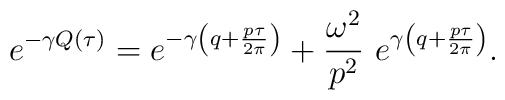
e^{-\gamma Q(\tau)}=e^{-\gamma \left(q+\frac{p\tau}{2\pi}\right)} +\frac{\omega^2}{p^2}\,\,e^{\gamma \left(q+\frac{p\tau}{2\pi}\right)},